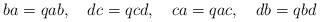
LaTeX: \begin{align*}ba=qab,\quad dc=qcd,\quad ca=qac,\quad db=qbd\end{align*}